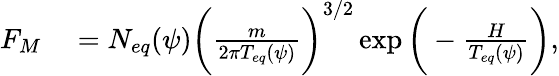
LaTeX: \begin{array}{rl}{F_{M}}&{{}=N_{eq}(\psi)\bigg(\frac{m}{2\pi T_{eq}(\psi)}\bigg)^{3/2}\exp{\bigg(-\frac{H}{T_{eq}(\psi)}\bigg)},}\end{array}